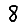
Digit: 8